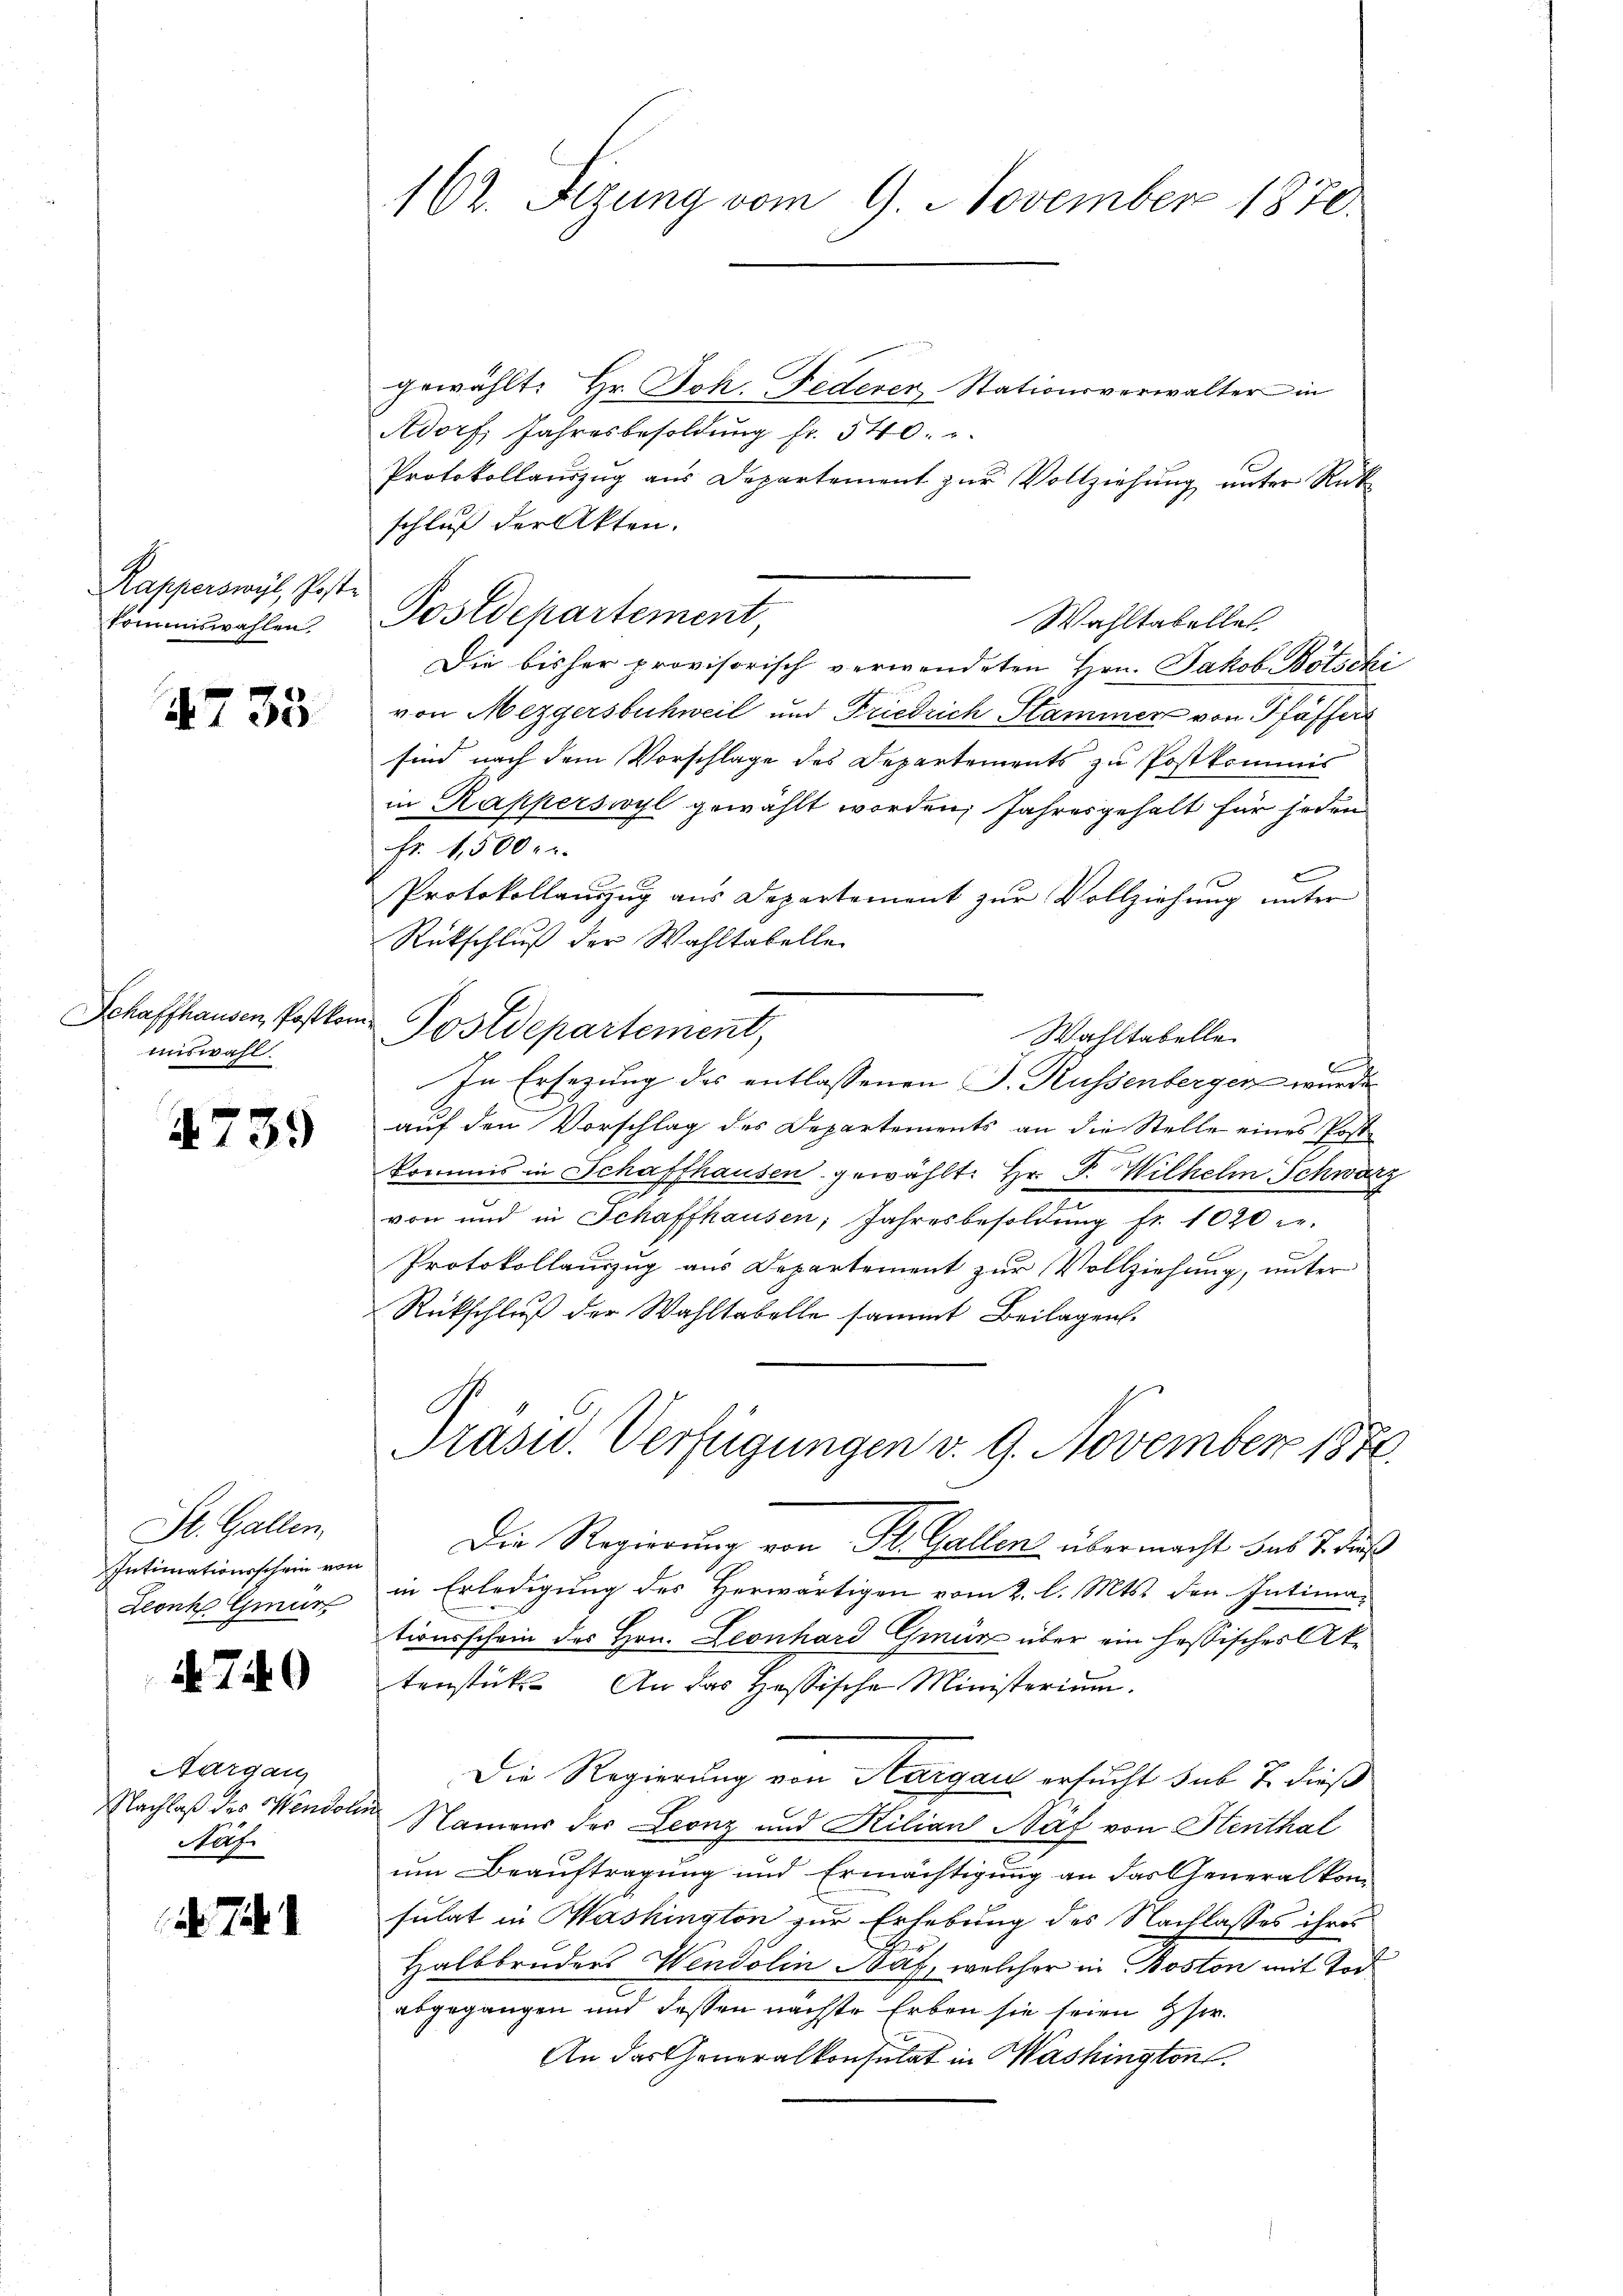
Rapperswyl, Poste
kommswahlen.

4733

Schaffhausen, Postkor
answahl.

4739

St. Gallen.
Intimationsschein von
Lonk Gmun

. 749

Aargau
Nachlaß des Wendoli
Naf

7.

162. Fizung vom 9. November 1870.

gewählt: Hr. Joh. Federer Stationsverwalter in
Adorf, Jahresbesoldung fr. 540.
Protokollauszug aus Departement zur Vollziehung unter Rück
schluß der Akten.
Die bisher provisorisch verwendeten Hrn. Jakob Botschi
von Mezgersbuchweil und Friedrich Stammer von Pfäffers
sind nach dem Vorschlage des Departements zu Postkommit
in Kapperswyl gewählt worden, Jahresgehalt für jeden
Fr. 1,500. r.
e
Protokollauszug aus Departement zur Vollziehung unter
Rückschluß der Wahltabelle
Postdepartement,
Walltabelle
In Ersezung des entlassenen J. Russenbergen wurde
auf den Vorschlag des Departements an die Stelle eines Post-
Kommis in Schaffhausen gewählt: Hr. P. Wilhelm Schwarz
von und in Schaffhausen, Jahresbesoldŭng fr. 1020 re-
Protokollauszug aus Departement zur Vollziehung, unter
Rückschluß der Wahltabelle sammt Beilagen.
Präsid. Verfügungen v. 9. November 1872.
Die Regierung von St. Gallen übermacht das J. daß
in Erledigung des Herwärtigen vom 2. l. Mts. den Intimationsschein des Hrn. Leonhard Gmür über ein hastisches Aktenstückt. An das Hessische Ministerium.
Die Regierung von Aargau ersucht sub 7. dieß
Namens der Leonz und Kilian Näf von Henthal
um Beauftragung und Ermächtigung an das Generalkonsulat in Washington zur Erhebung des Nachlasses ihres
Halbbruders Wendolin Naf, welcher in Boston mit Tod
abgegangen und dessen nächste Erben sie seien Her¬
An das Generalkonsulat in Washington

Postdepartement

Wahltabellet,